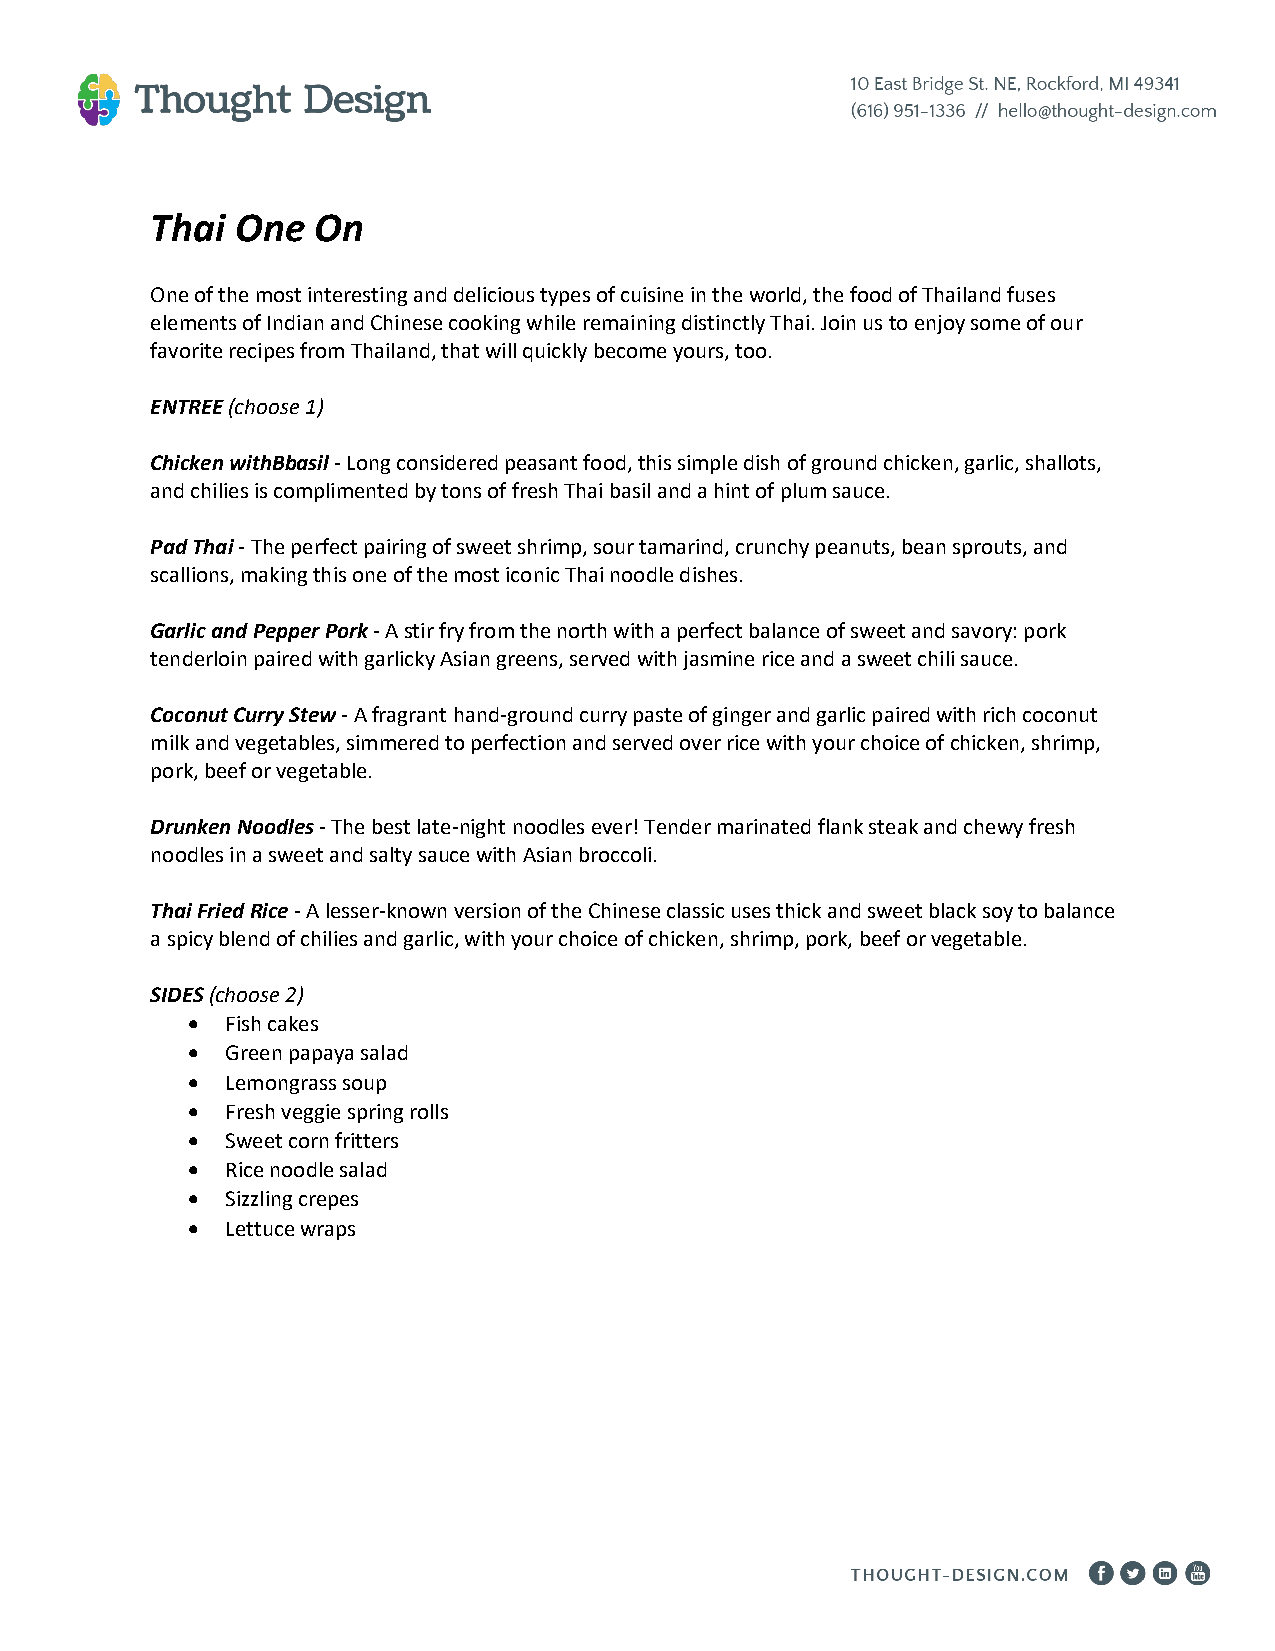
Thai  One  On
 One of the most interesting and delicious types of cuisine in the world, the food of Thailand fuses
 elements of Indian and Chinese cooking while remaining distinctly Thai. Join us to enjoy some of our
 favorite recipes from Thailand, that will quickly become yours, too.
 ENTREE (choose 1)
 Chicken withBbasil - Long considered peasant food, this simple dish of ground chicken, garlic, shallots,
 and chilies is complimented by tons of fresh Thai basil and a hint of plum sauce.
 Pad Thai - The perfect pairing of sweet shrimp, sour tamarind, crunchy peanuts, bean sprouts, and
 scallions, making this one of the most iconic Thai noodle dishes.
 Garlic and Pepper Pork - A stir fry from the north with a perfect balance of sweet and savory: pork
 tenderloin paired with garlicky Asian greens, served with jasmine rice and a sweet chili sauce.
 Coconut Curry Stew - A fragrant hand-ground curry paste of ginger and garlic paired with rich coconut
 milk and vegetables, simmered to perfection and served over rice with your choice of chicken, shrimp,
 pork, beef or vegetable.
 Drunken Noodles - The best late-night noodles ever! Tender marinated flank steak and chewy fresh
 noodles in a sweet and salty sauce with Asian broccoli.
 Thai Fried Rice - A lesser-known version of the Chinese classic uses thick and sweet black soy to balance
 a spicy blend of chilies and garlic, with your choice of chicken, shrimp, pork, beef or vegetable.
 SIDES (choose 2)
 •  Fish cakes
 •  Green papaya salad
 •  Lemongrass soup
 •  Fresh veggie spring rolls
 •  Sweet corn fritters
 •  Rice noodle salad
 •  Sizzling crepes
 •  Lettuce wraps